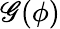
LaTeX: \mathscr{G}(\phi)